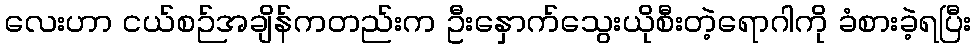
လေးဟာ ငယ်စဉ်အချိန်ကတည်းက ဦးနှောက်သွေးယိုစီးတဲ့ရောဂါကို ခံစားခဲ့ရပြီး